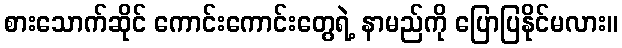
စားသောက်ဆိုင် ကောင်းကောင်းတွေရဲ့ နာမည်ကို ပြောပြနိုင်မလား။